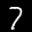
Label: 7